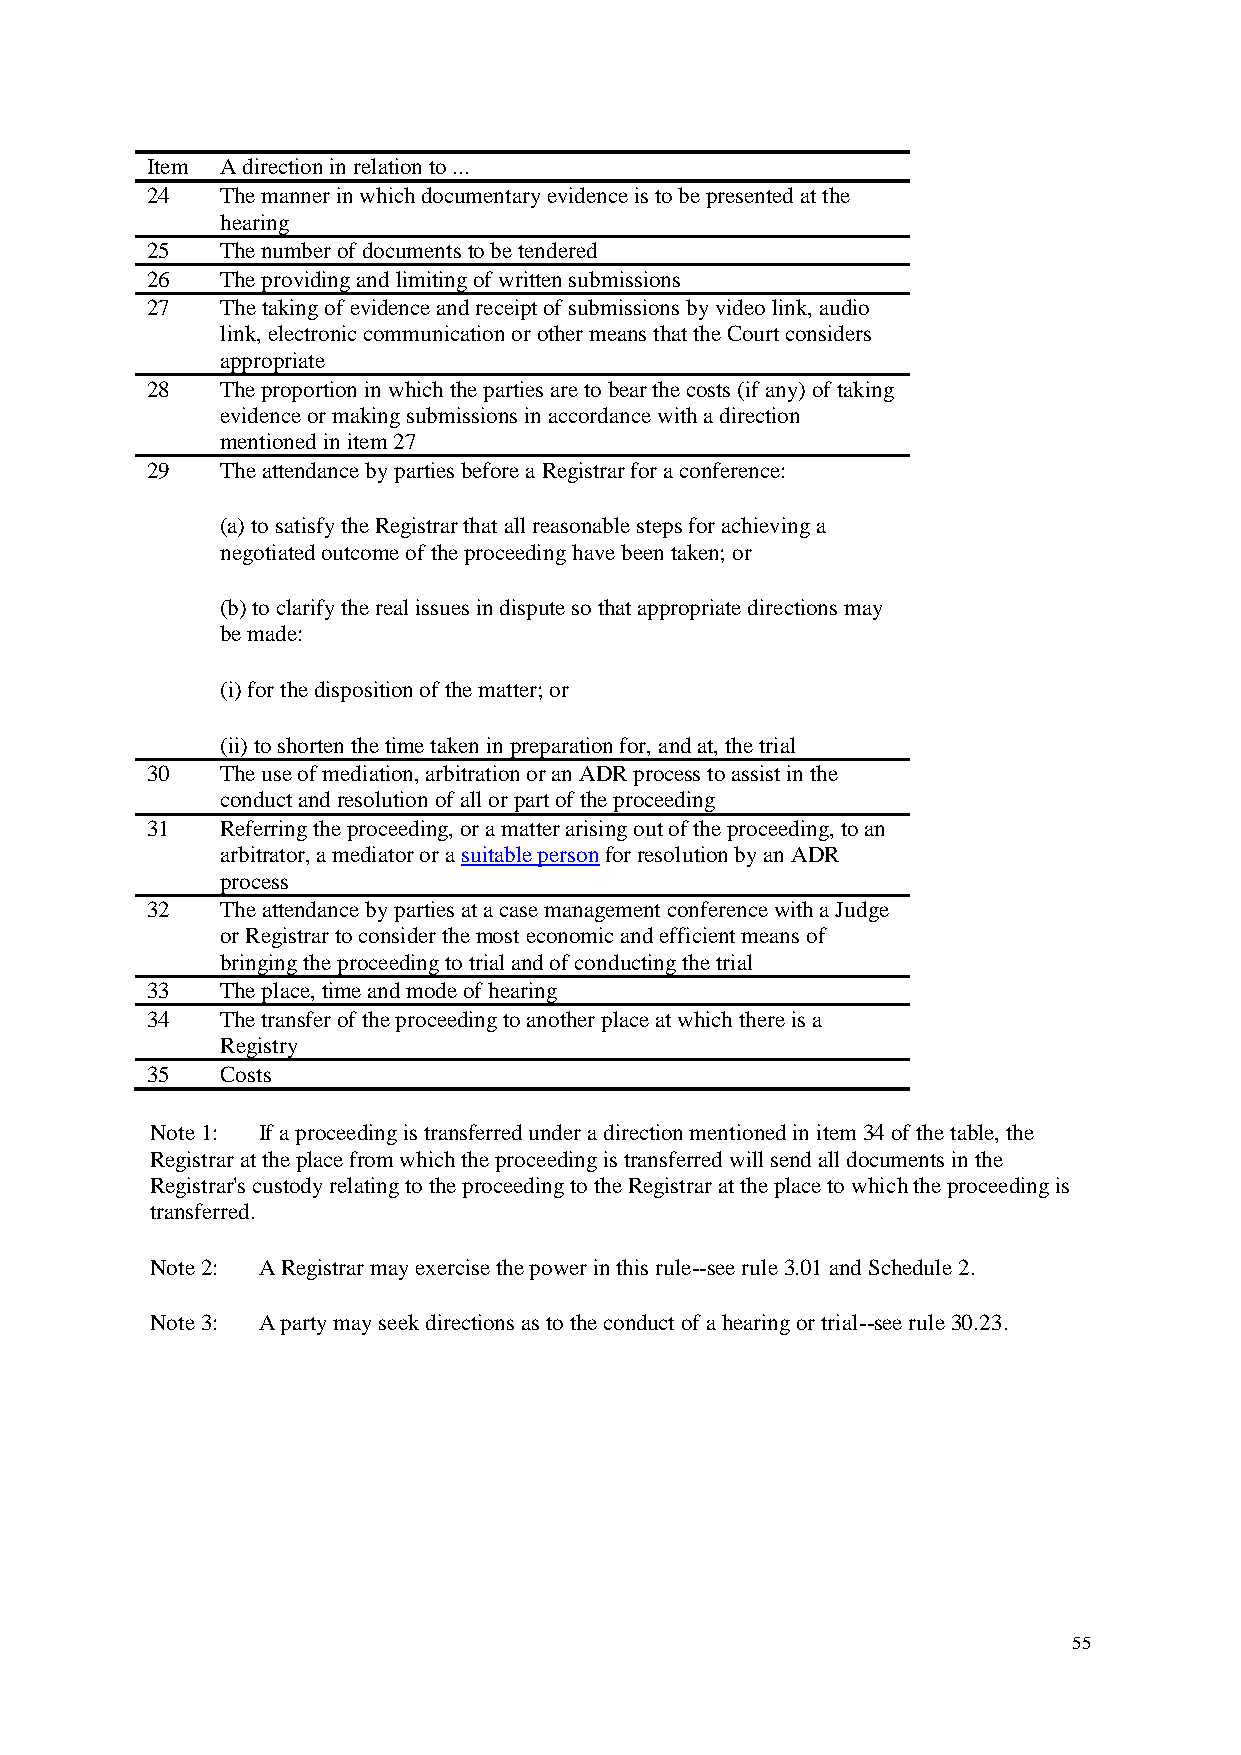
Item A direction in relation to ...
 24   The manner in which documentary evidence is to be presented at the
 hearing
 25   The number of documents to be tendered
 26   The providing and limiting of written submissions
 27   The taking of evidence and receipt of submissions by video link, audio
 link, electronic communication or other means that the Court considers
 appropriate
 28   The proportion in which the parties are to bear the costs (if any) of taking
 evidence or making submissions in accordance with a direction
 mentioned in item 27
 29   The attendance by parties before a Registrar for a conference:
 (a) to satisfy the Registrar that all reasonable steps for achieving a
 negotiated outcome of the proceeding have been taken; or
 (b) to clarify the real issues in dispute so that appropriate directions may
 be made:
 (i) for the disposition of the matter; or
 (ii) to shorten the time taken in preparation for, and at, the trial
 30   The use of mediation, arbitration or an ADR process to assist in the
 conduct and resolution of all or part of the proceeding
 31   Referring the proceeding, or a matter arising out of the proceeding, to an
 arbitrator, a mediator or a suitable person for resolution by an ADR
 process
 32   The attendance by parties at a case management conference with a Judge
 or Registrar to consider the most economic and efficient means of
 bringing the proceeding to trial and of conducting the trial
 33   The place, time and mode of hearing
 34   The transfer of the proceeding to another place at which there is a
 Registry
 35   Costs
 Note 1: If a proceeding is transferred under a direction mentioned in item 34 of the table, the
 Registrar at the place from which the proceeding is transferred will send all documents in the
 Registrar's custody relating to the proceeding to the Registrar at the place to which the proceeding is
 transferred.
 Note 2: A Registrar may exercise the power in this rule--see rule 3.01 and Schedule 2.
 Note 3: A party may seek directions as to the conduct of a hearing or trial--see rule 30.23.
 55